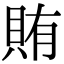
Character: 賄